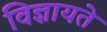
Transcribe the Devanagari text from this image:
विज्ञायते